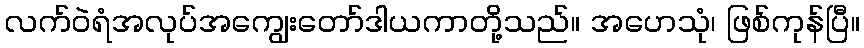
လက်ဝဲရံအလုပ်အကျွေးတော်ဒါယကာတို့သည်။ အဟေသုံ၊ ဖြစ်ကုန်ပြီ။